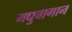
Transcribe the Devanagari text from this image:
मधुबागान